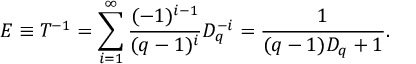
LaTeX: E \equiv T ^ { - 1 } = \sum _ { i = 1 } ^ { \infty } \frac { ( - 1 ) ^ { i - 1 } } { ( q - 1 ) ^ { i } } D _ { q } ^ { - i } = \frac 1 { ( q - 1 ) D _ { q } + 1 } .